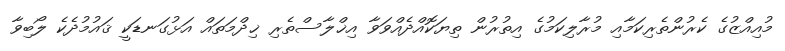
މުއިއްޒުގެ ކެރުންތެރިކަމާއި މުރާލިކަމުގެ އިތުރުން ތިޔަކޮއްދެއްވަވާ އިޚްލާސްތެރި ޚިދްމަތައް އަޅުގަނޑަކީ ޤައުމުދެކެ ލޯބިވާ